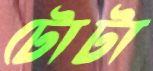
টোটা